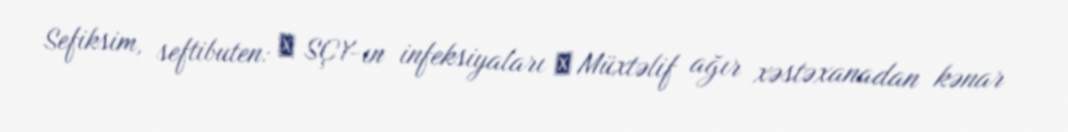
Sefiksim, seftibuten: ► SÇY-ın infeksiyaları ► Müxtəlif ağır xəstəxanadan kənar